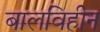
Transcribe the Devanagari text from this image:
बालविहीन